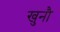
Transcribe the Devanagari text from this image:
खुनौ